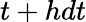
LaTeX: t+hdt